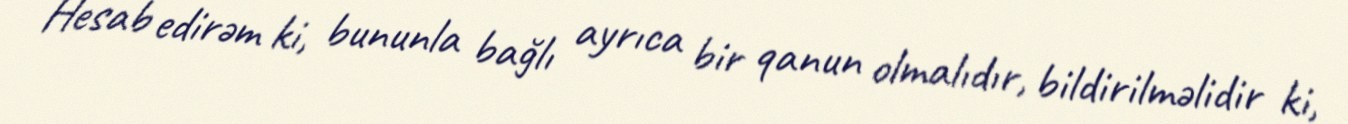
Hesab edirəm ki, bununla bağlı ayrıca bir qanun olmalıdır, bildirilməlidir ki,